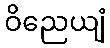
ဝိညေယျံ